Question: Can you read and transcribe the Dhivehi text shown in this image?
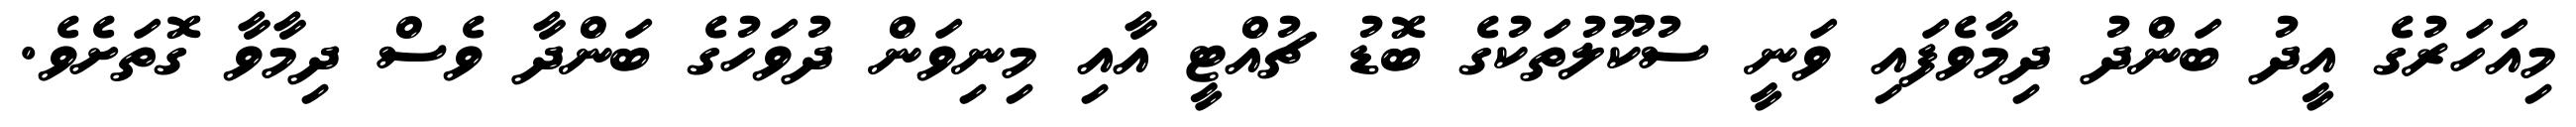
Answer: މިއަހަރުގެ އީދު ބަންދު ދިމާވެފައި ވަނީ ސުކޫލުތަކުގެ ބޮޑު ޗުއްޓީ އާއި މިނިވަން ދުވަހުގެ ބަންދާ ވެސް ދިމާވާ ގޮތަށެވެ.